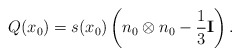
\begin{align*}Q(x_0)=s(x_0)\left( n_0\otimes n_0 -\frac 13 \mathbf I \right).\end{align*}